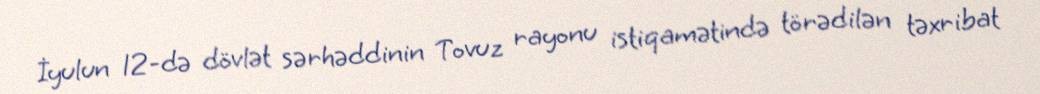
İyulun 12-də dövlət sərhəddinin Tovuz rayonu istiqamətində törədilən təxribat